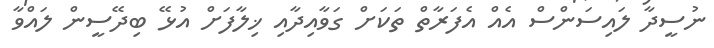
ނުސީދާ ލައިސަންސް އެއް އެފަރާތް ތަކަށް ގަވާއިދާއި ޚިލާފަށް އުޅޭ ބިދޭސީން ލައްވާ